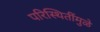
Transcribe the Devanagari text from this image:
परिस्थितींमुळे